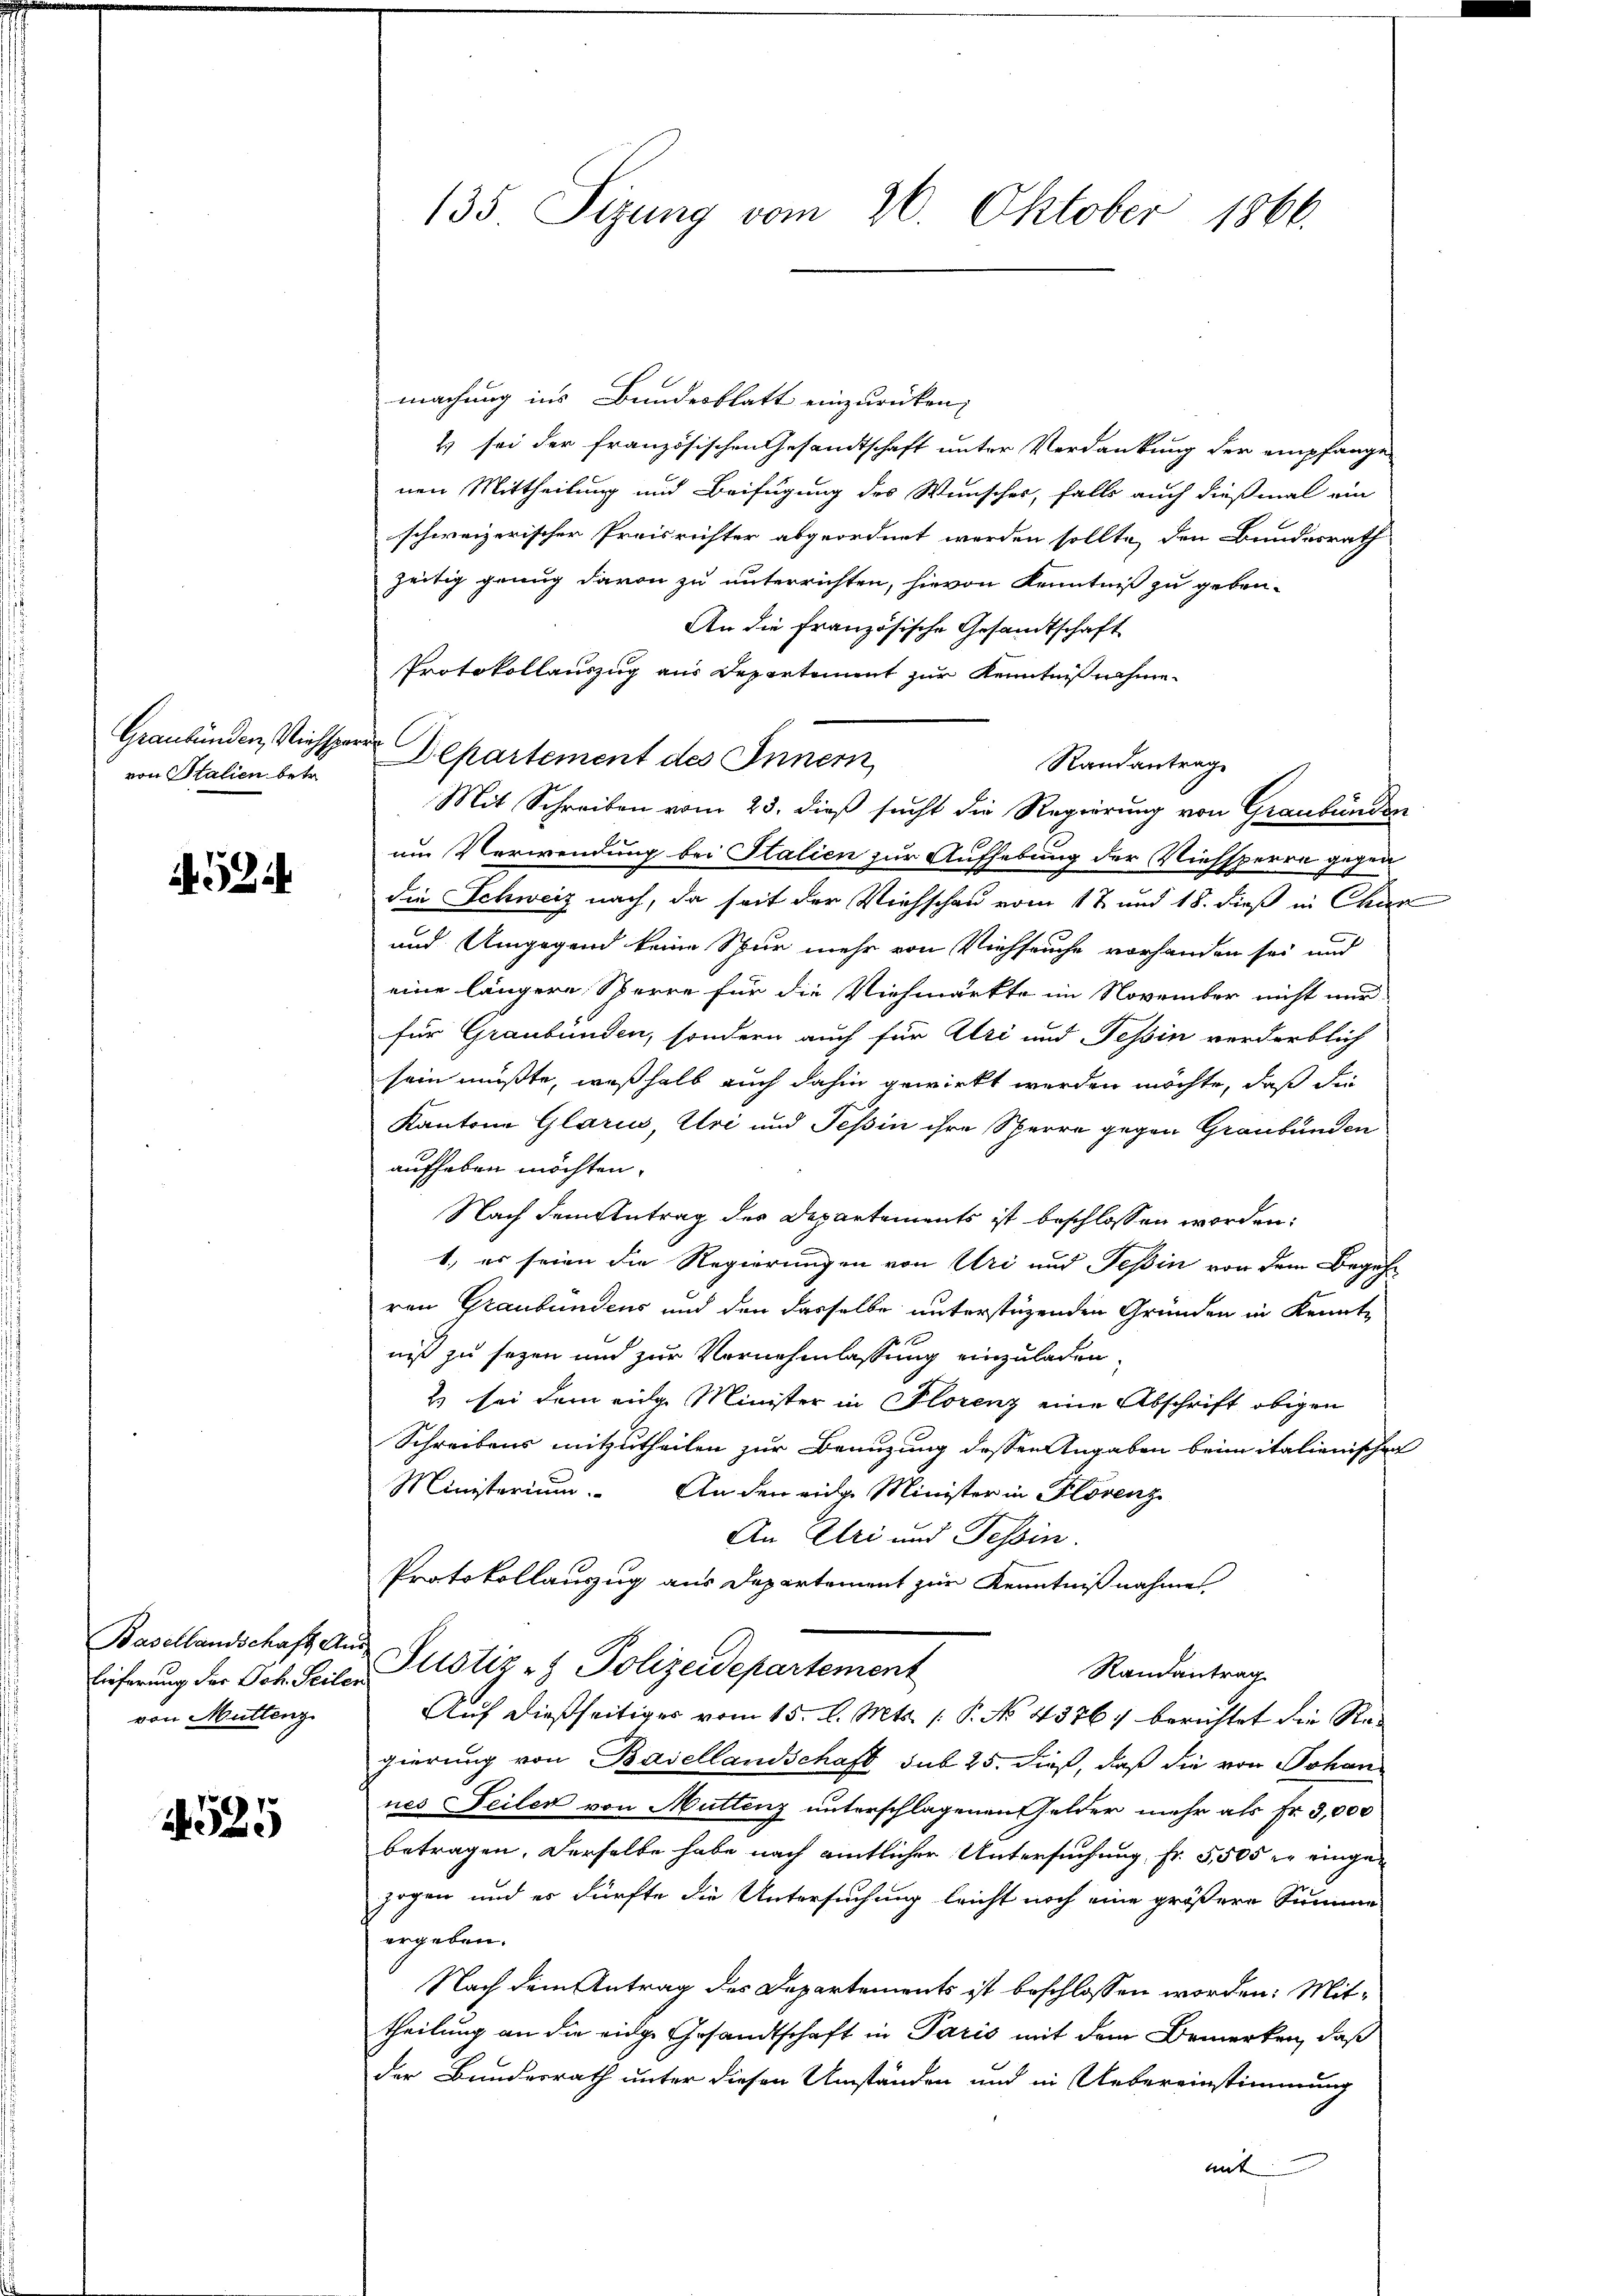
von Salien betr.

A 524

Basellandschaft Aus
von Muttenz

4525

machung ins Bundesblatt einzurücken,
s sei der französischen Gesandtschaft unter Verdankung der empfange
nen Mittheilung und Beifügung des Wunscher, falls auch dießmal ein
schweizerischer Preisrichter abgeordnet worden sollte, den Bundesrath
zeitig genug davon zu unterrichten, hievon Kenntniß zu geben-
An die französische Gesandtschaft
Protokollauszug aus Departement zur Kenntnißnahme
Randantrag
Mit Schreiben vom 23. dieß sucht die Regierung von Graubünden
um Verwendung bei Stalien zur Aufhebung der Viehsperre gegen
die Schweiz nach, da seit der Viehschau vom 17. und 18. dieß in Char
und Umgegend keine Spur mehr von Viehseuche vorhanden sei und
eine längere Sperre für die Viehmarkte im November nicht nur
für Graubünden, sondern auch für Uri und Tessin verderblich
sein müßte, weßhalb auch dahin gewirkt werden möchte, daß die
Kantone Glarus, Uri und Tessin ihre Sperre gegen Graubünden
aufhaben möchten.
Nach dem Antrag des Departements ist beschlossen worden:
1., es seien die Regierungen von Uri und Tessin von dem Begehren Graubündens und den dasselbe unterstüzenden Gründen in Kennt-
niß zu sezen und zur Vornehmlassung einzuladen,
2 sei dem eine Minister in Florenz eine Abschrift obigen
Schreibens mitzutheilen zur Benuzung dessen Angaben beim italienischen
Ministerium. An den einer Minister in Klövenzi
An Uri und Tessin.
Protokollauszug aus Departement zur Kenntniß nahmen.
Randantrag
Lieferung der Joh. Seiler Justiz & Polizeidepartement
Auf dießseitiges vom 15. d. Mts. 1. P. No 4376) berichtet die Regierung von Basellandschaft sub 25. dieß, daß die von Johan
nes Seilen von Muttenz unterschlagenen Gelder mehr als Fr. 3,000
betragen. Derselbe habe nach amtlicher Untersuchung fr. 5,505 u. eingezogen und es dürfte die Untersuchung leicht noch eine größere Summe
ergeben:
Nach dem Antrag des Departements ist beschlossen worden: Mittheilung an die eidge Gesandtschaft in Paris mit dem Bemerken, daß
der Bundesrath unter diesen Umständen und in Uebereinstimmung
mit

135 Sizung vom 26. Oktober 1866.

Graubünden, Viehsper Departement des Innern,